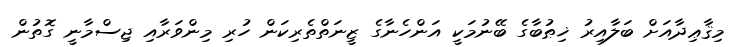
މިޤާޢިދާއަށް ބަލާއިރު ޚިޠުބާގެ ބޭނުމަކީ އަންހެނާގެ ޒީނަތްތެރިކަން ހުރި މިންވަރާއި ޖިސްމާނީ ގޮތުން